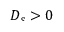
\smash { D _ { s } > 0 }